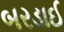
બરડાઈ